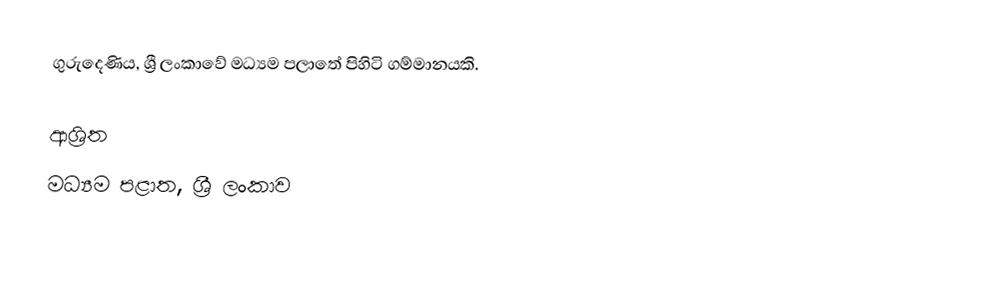
ගුරුදෙණිය, ශ්‍රී ලංකාවේ මධ්‍යම පලාතේ පිහිටි ගම්මානයකි.

ආශ්‍රිත
 මධ්‍යම පළාත, ශ්‍රී ලංකාව